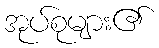
အုပ်စုများ၏